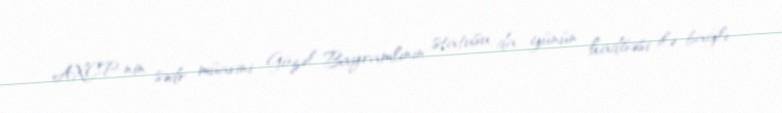
AXCP-nin sədr müavini Gözəl Bayramlının statusu da günün hadisəsi ilə bağlı